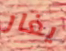
يغار